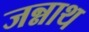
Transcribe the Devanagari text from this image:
जन्नाथ